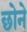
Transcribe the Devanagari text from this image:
छोने